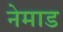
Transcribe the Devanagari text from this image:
नेमाड